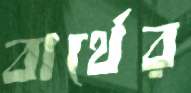
বার্থের